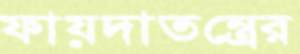
ফায়দাতন্ত্রের